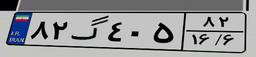
۸۲گ۴۰۵۸۲